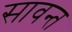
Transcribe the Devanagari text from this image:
सावन्‍त